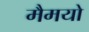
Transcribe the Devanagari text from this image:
मैमयो